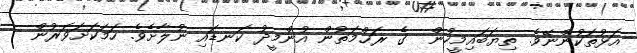
އަޅުތަކުންނޭވެ. ތިޔަބައިމީހުން  ގެ ރަޙްމަތުން އުންމީދު ކަނޑައި ނުލާށެވެ. ހަމަކަށަވަރުން